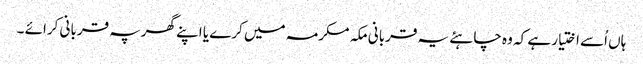
ہاں اُسے اختیار ہے کہ وہ چاہئے یہ قربانی مکہ مکرمہ میں کرے یا اپنے گھرپہ قربانی کرائے ۔